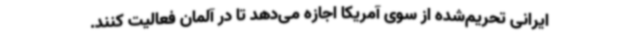
ایرانی تحریم‌شده از سوی آمریکا اجازه می‌دهد تا در آلمان فعالیت کنند.